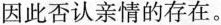
因此否认亲情的存在。